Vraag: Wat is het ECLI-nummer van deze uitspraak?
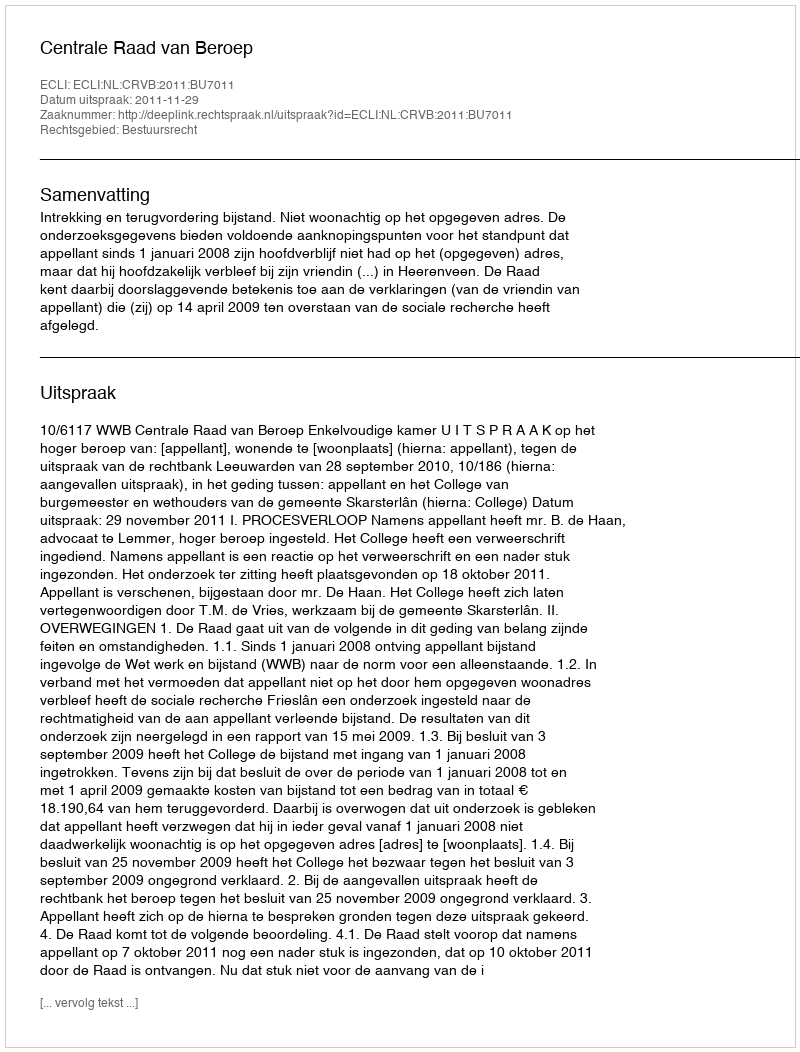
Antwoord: ECLI:NL:CRVB:2011:BU7011